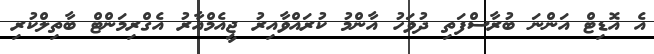
އެ އޮޑިޓް އަންނަ ބުރާސްފަތި ދުވަހު އާންމު ކުރައްވާއިރު ޖީއެމްއާރު އެގްރިމަންޓް ބާތިލްކުރި